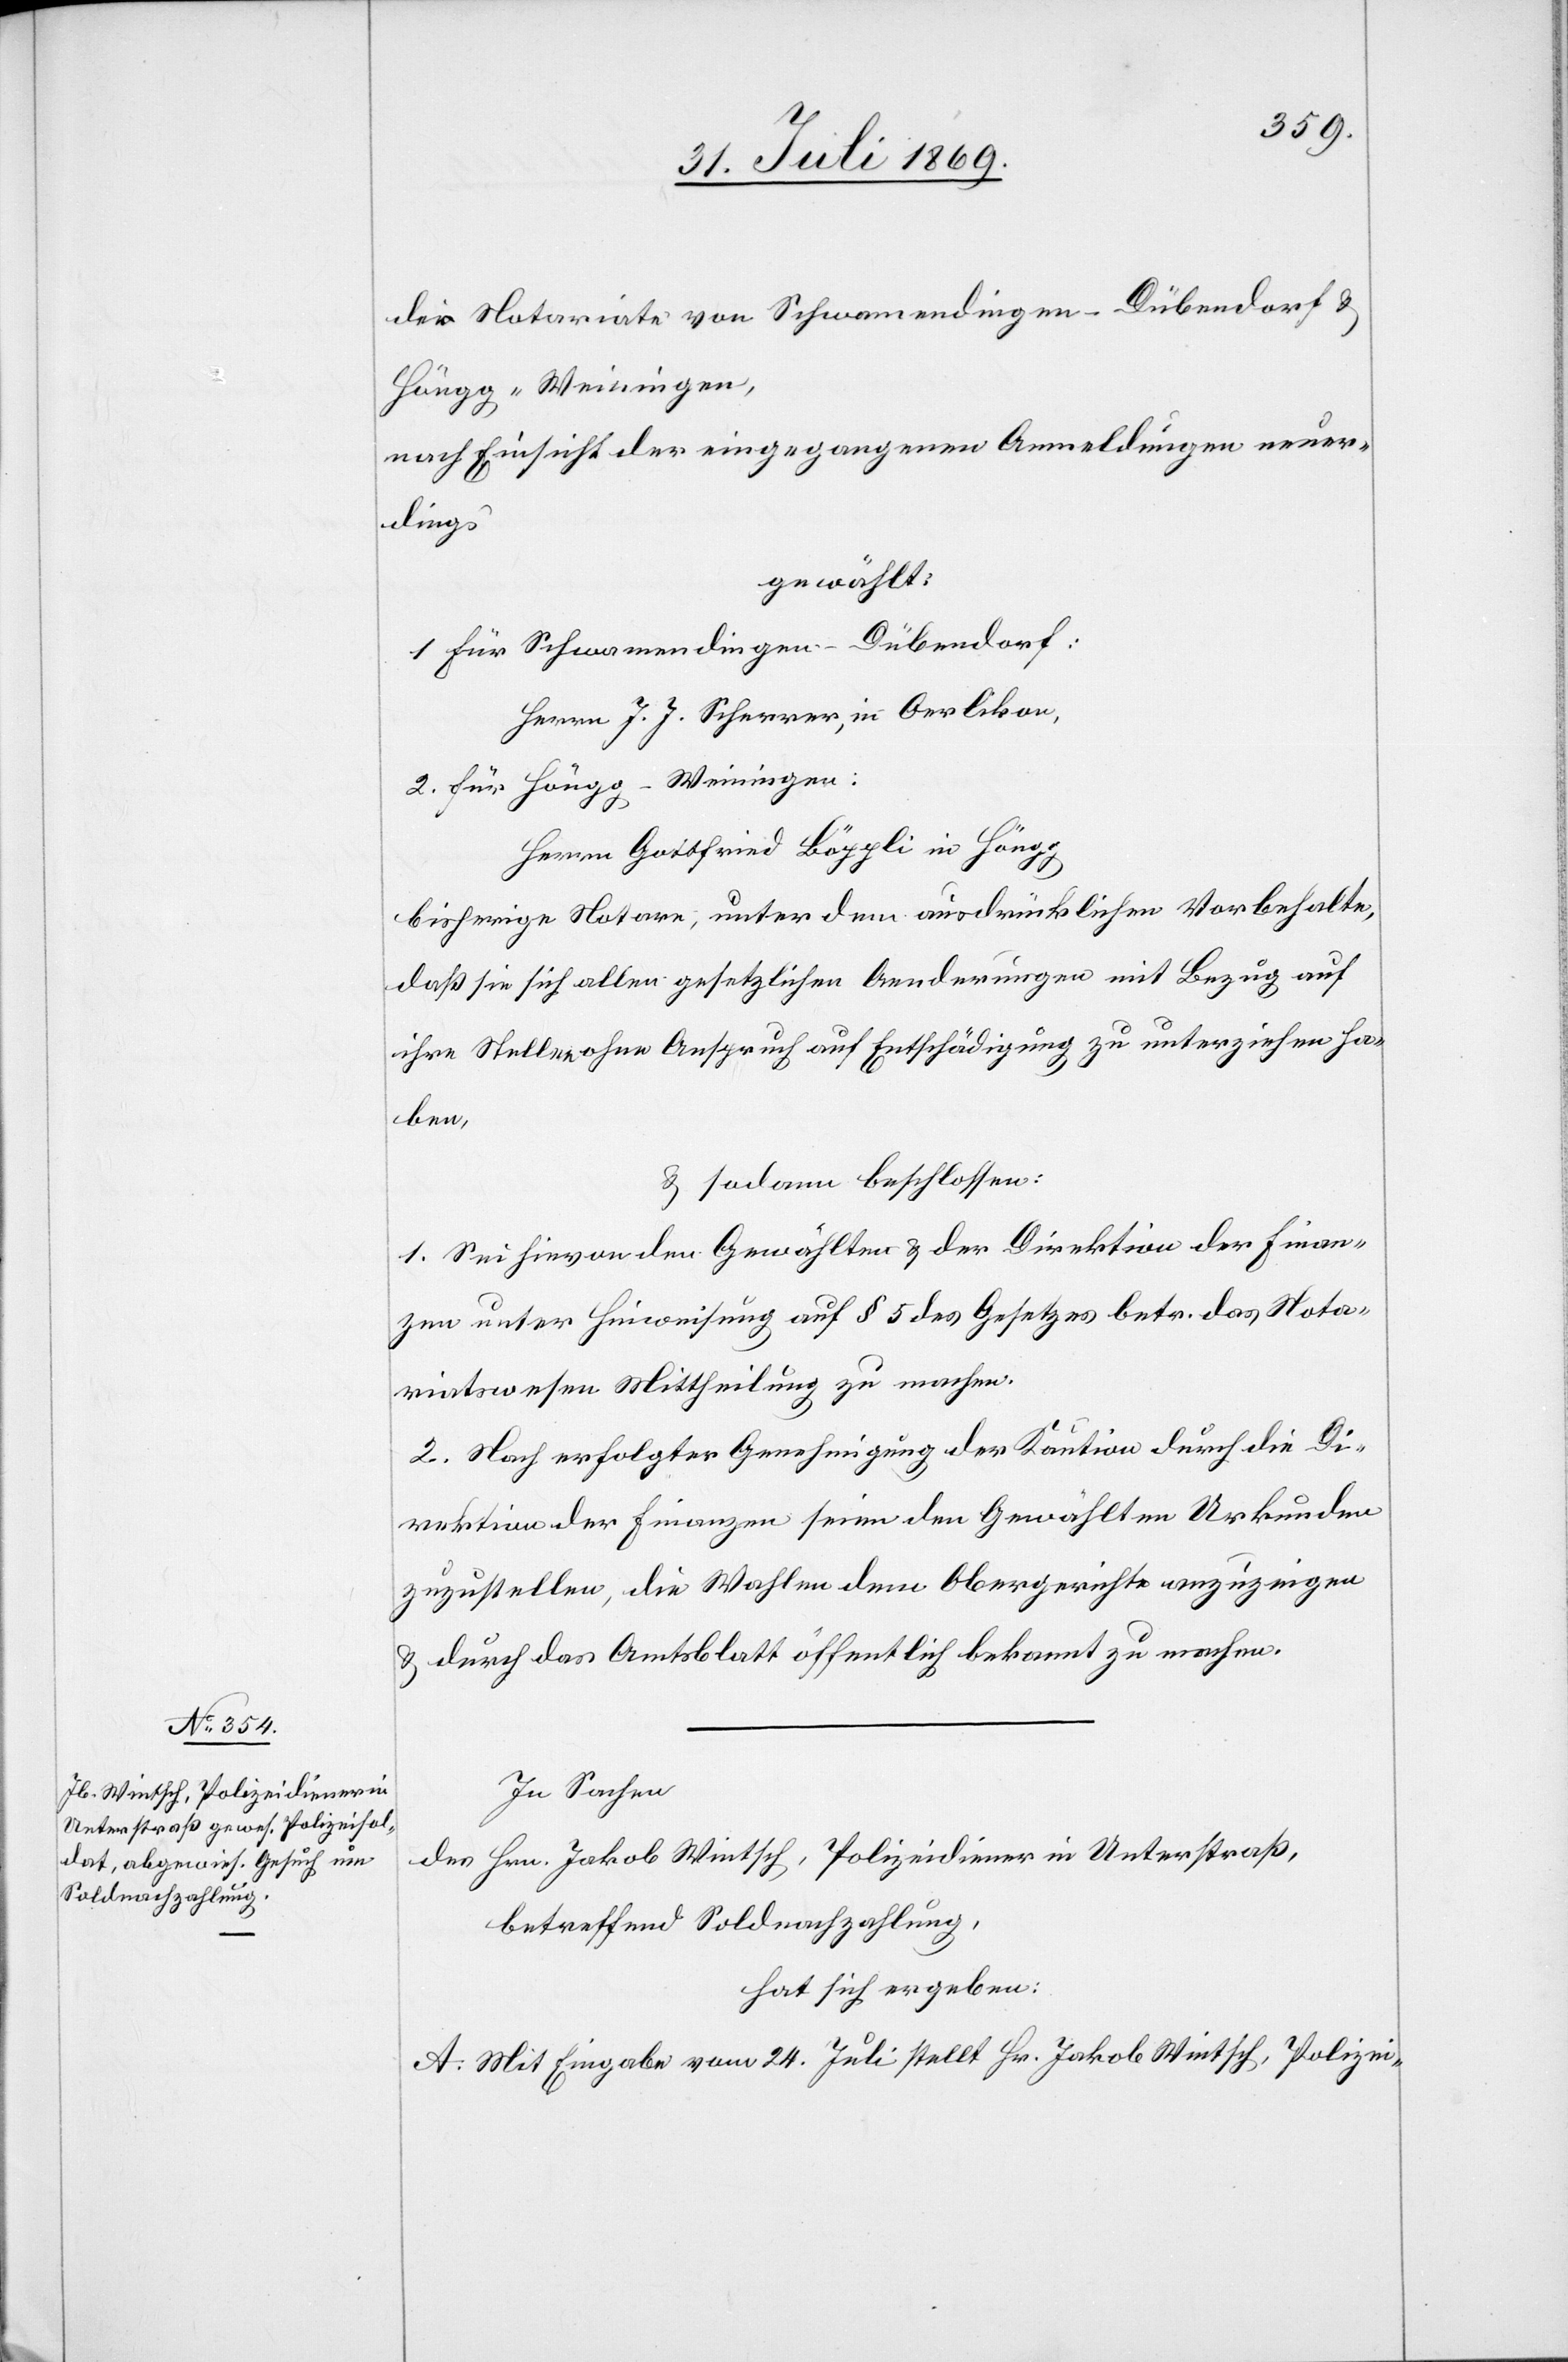
die Notariate von Schwamendingen-Dübendorf u.
Höngg-Weiningen,
nach Einsicht der eingegangenen Anmeldungen neuer¬
dings
gewählt:
1. Für Schwamendingen-Dübendorf:
Herrn J. J. Scherrer, in Oerlikon,
2. Für Höngg-Weiningen:
Herrn Gottfried Böppli in Höngg.
bisherige Notare, unter dem ausdrücklichen Vorbehalte,
daß sie sich allen gesetzlichen Aenderungen mit Bezug auf
ihre Stellen ohne Anspruch auf Entschädigung zu unterziehen ha¬
ben,
u. sodann beschlossen:
1. Sei hievon den Gewählten u. der Direktion der Finan¬
zen unter Hinweisung auf § 5 des Gesetzes betr. das Nota¬
riatswesen Mittheilung zu machen.
2. Nach erfolgter Genehmigung der Kaution durch die Di¬
rektion der Finanzen seien den Gewählten Urkunden
zuzustellen, die Wahlen dem Obergerichte anzuzeigen
u. durch das Amtsblatt öffentlich bekannt zu machen.
In Sachen,
des Hrn. Jakob Wintsch, Polizeidiener in Unterstraß,
betreffend Soldnachzahlung,
hat sich ergeben:
A: Mit Eingabe vom 24. Juli stellt Hr. Jakob Wintsch, Polizei-